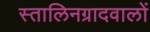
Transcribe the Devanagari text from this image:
स्तालिनग्रादवालों